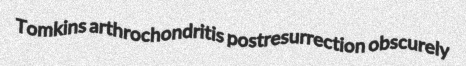
Tomkins arthrochondritis postresurrection obscurely